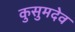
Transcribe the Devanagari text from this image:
कुसुमदेव